Indian journal of veterinary science and animal husbandry - Volume 8,
Year: 1938
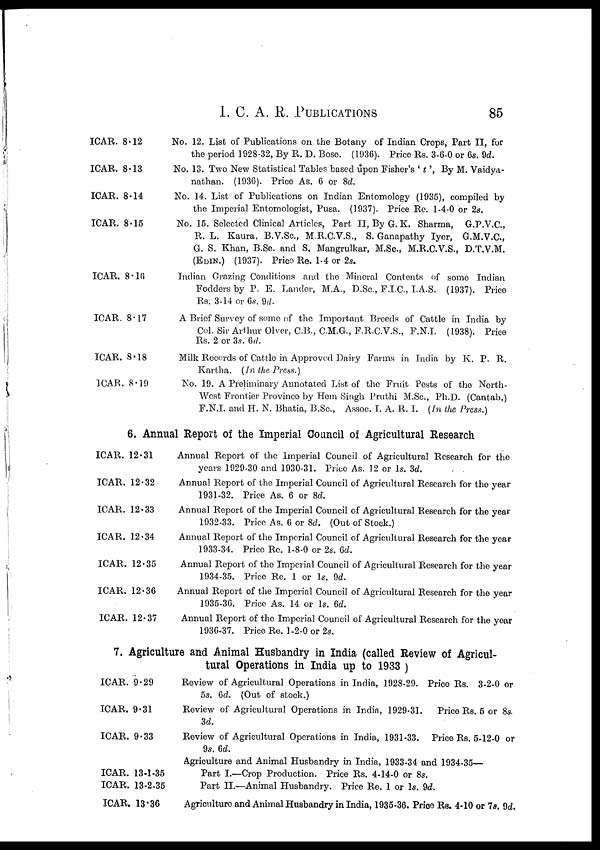
I. C. A. R.
PUBLICATIONS
85
ICAR. 8.12
ICAR. 8.13
ICAR. 8.14
ICAR. 8.15
ICAR. 8.16
ICAR. 8.17
ICAR. 8.18
ICAR. 8.19
No. 12. List of Publications on the Botany of Indian Crops, Part II, for
the period 1928-32, By R. D. Bose. (1936). Price Rs. 3-6-0 or 6s. 9d.
No. 13. Two New Statistical Tables based upon Fisher's ' t ', By M. Vaidya-
nathan. (1936). Price As. 6 or 8d.
No. 14. List of Publications on Indian Entomology (1935), compiled by
the Imperial Entomologist, Pusa. (1937). Price Re. 1-4-0 or 2s.
No. 15. Selected Clinical Articles, Part II, By G. K. Sharma, G.P.V.C.,
R. L. Kaura, B.V.Sc., M.R.C.V.S., S. Ganapathy Iyer, G.M.V.C.,
G. S. Khan, B.Sc. and S. Mangrulkar, M.Sc., M.R.C.V.S., D.T.V.M.
(EDIN.) (1937). Price Re. 1.4 or 2s.
Indian Grazing Conditions and the Mineral Contents of some Indian
Fodders by P. E. Lander, M.A., D.Sc., F.I.C., I.A.S. (1937). Price
Rs. 3-14 or 6s. 9d.
A Brief Survey of some of the Important Breeds of Cattle in India by
Col. Sir Arthur Olver, C.B., C.M.G., F.R.C.V.S., F.N.I. (1938). Price
Rs. 2 or 3s. 6d.
Milk Records of Cattle in Approved Dairy Farms in India by K. P. R.
Kartha. (In the Press.)
No. 19. A Preliminary Annotated List of the Fruit Pests of the North-
West Frontier Province by Hem Singh Pruthi M.Sc., Ph.D. (Cantab,)
F.N.I. and H. N. Bhatia, B.Sc., Assoc. I. A. R. I. (In the Press.)
6. Annual Report of the Imperial Council of Agricultural Research
ICAR. 12.31
ICAR. 12.32
ICAR. 12.33
ICAR. 12.34
ICAR. 12.35
ICAR. 12.36
ICAR. 12.37
Annual Report of the Imperial Council of Agricultural Research for the
years 1929-30 and 1930-31. Price As. 12 or 1s. 3d.
Annual Report of the Imperial Council of Agricultural Research for the year
1931-32. Price As. 6 or 8d.
Annual Report of the Imperial Council of Agricultural Research for the year
1932-33. Price As. 6 or 8d. (Out of Stock.)
Annual Report of the Imperial Council of Agricultural Research for the year
1933-34. Price Re. 1-8-0 or 2s. 6d.
Annual Report of the Imperial Council of Agricultural Research for the year
1934-35. Price Re. 1 or 1s. 9d.
Annual Report of the Imperial Council of Agricultural Research for the year
1935-36. Price As. 14 or 1s. 6d.
Annual Report of the Imperial Council of Agricultural Research for the year
1936-37. Price Re. 1-2-0 or 2s.
7. Agriculture and Animal Husbandry in India (called Review of Agricul-
tural Operations in India up to 1933 )
ICAR. 9.29
ICAR. 9.31
ICAR. 9.33
ICAR. 13-1-35
ICAR. 13-2-35
ICAR. 13.36
Review of Agricultural Operations in India, 1928-29. Price Rs. 3-2-0 or
5s. 6d. (Out of stock.)
Review of Agricultural Operations in India, 1929-31. Price Rs. 5 or 8s.
3d.
Review of Agricultural Operations in India, 1931-33. Price Rs. 5-12-0 or
9s. 6d.
Agriculture and Animal Husbandry in India, 1933-34 and 1934-35—
Part I.—Crop Production. Price Rs. 4-14-0 or 8s.
Part II.—Animal Husbandry. Price Re. 1 or 1s. 9d.
Agriculture and Animal Husbandry in India, 1935-36. Price Rs. 4-10 or 7s. 9d.